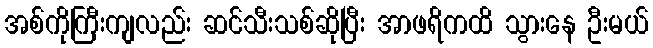
အစ်ကိုကြီးကျလည်း ဆင်သီးသစ်ဆိုပြီး အာဖရိကထိ သွားနေ ဦးမယ်